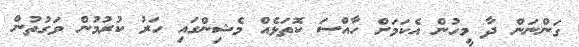
ގަންނަން ދާ މީހުން އެކަމަށް ހާއްސަ ކޮތަޅެއް މެޝިންގައި ހަރު ކުރުމުން ވަގުތުން